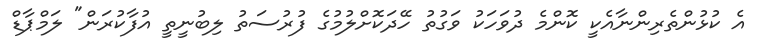
އެ ކުޅުންތެރިންނާއެކީ ކޮންމެ ދުވަހަކު ވަގުތު ހޭދަކޮށްލުމުގެ ފުރުސަތު ލިބުނީތީ އުފާކުރަން" ލަމްޕާޑް